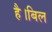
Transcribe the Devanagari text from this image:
है।बिल